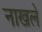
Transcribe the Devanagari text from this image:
नाखले